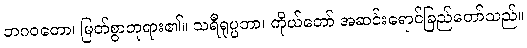
ဘဂဝတော၊ မြတ်စွာဘုရား၏။ သရီရုပ္ပဘာ၊ ကိုယ်တော် အဆင်းရောင်ခြည်တော်သည်။